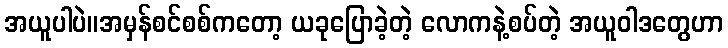
အယူပါပဲ။အမှန်စင်စစ်ကတော့ ယခုပြောခဲ့တဲ့ လောကနဲ့စပ်တဲ့ အယူဝါဒတွေဟာ